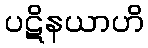
ပဋိနယာဟိ